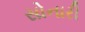
સોનારી